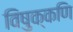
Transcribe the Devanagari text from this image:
विषुक्कणि